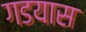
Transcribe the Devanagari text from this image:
गडयास